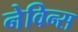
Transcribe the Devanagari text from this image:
नेविन्स